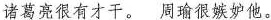
诸葛亮很有才干。周瑜很嫉妒他。